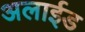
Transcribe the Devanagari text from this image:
अलाईड